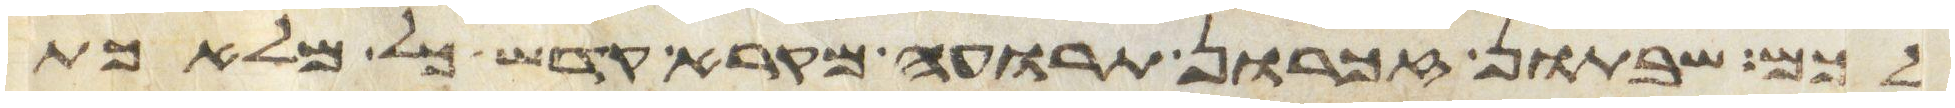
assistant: לכם שבתון זכרון תרועה מקרא קדש כל מלאכת